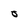
Character: O